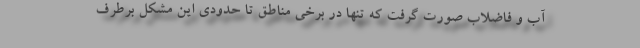
آب و فاضلاب صورت گرفت که تنها در برخی مناطق تا حدودی این مشکل برطرف